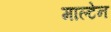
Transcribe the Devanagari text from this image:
माल्टेन